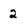
Character: 2